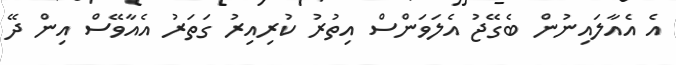
އެ އެއާލައިނުން ބެގޭޖު އެލަވަންސް އިތުރު ކުރިއިރު ގަތަރު އެއާވޭސް އިން ދޭ